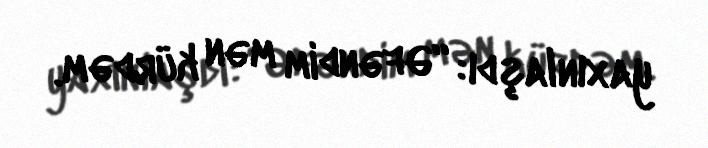
yaxınlaşdı: “Əfəndim mən kürdəm.